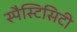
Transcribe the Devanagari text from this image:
स्पैस्टिसिटी